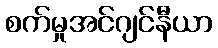
စက်မှုအင်ဂျင်နီယာ